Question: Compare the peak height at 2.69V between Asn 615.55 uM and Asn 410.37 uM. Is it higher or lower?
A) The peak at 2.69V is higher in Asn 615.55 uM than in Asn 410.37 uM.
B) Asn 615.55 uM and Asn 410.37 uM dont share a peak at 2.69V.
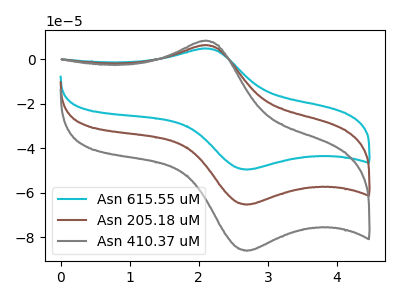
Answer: <think>The cyan curve "Asn 615.55 uM" has an anodic peak at (2.05V, 12.30uA) and a cathodic peak at (2.70V, -130.70uA). The brown curve "Asn 205.18 uM" has an anodic peak at (2.05V, 6.15uA) and a cathodic peak at (2.70V, -65.35uA). The gray curve "Asn 410.37 uM" has an anodic peak at (2.05V, 8.10uA) and a cathodic peak at (2.70V, -86.05uA).</think>
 <answer>A) The peak at 2.69V is higher in "Asn 615.55 uM" than in "Asn 410.37 uM".</answer>
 <eval>A</eval>